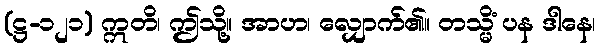
(ဋ္ဌ-၁၂၁) ဣတိ၊ ဤသို့။ အာဟ၊ လျှောက်၏။ တသ္မိံ ပန ဒါနေ၊